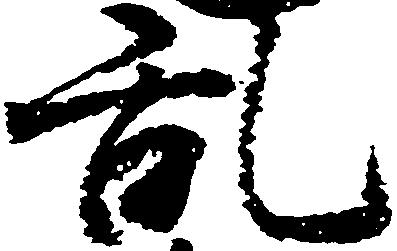
乱